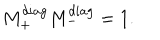
M _ { + } ^ { d i a g } M _ { - } ^ { d i a g } = 1 .